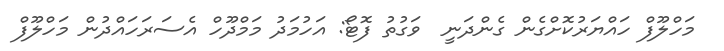
މަހްލޫފް ހައްޔަރުކޮށްގެން ގެންދަނީ  ވަގުތު ފޮޓޯ: އަހުމަދު މަމްދޫހް އެސަރަހައްދުން މަހްލޫފް